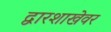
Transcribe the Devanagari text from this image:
द्वारशाखेवर